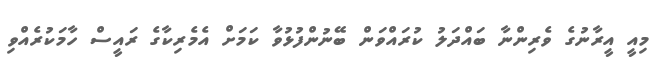
މިއީ އީރާނުގެ ވެރިންނާ ބައްދަލު ކުރައްވަން ބޭނުންފުޅުވާ ކަމަށް އެމެރިކާގެ ރައީސް ހާމަކުރެއްވި